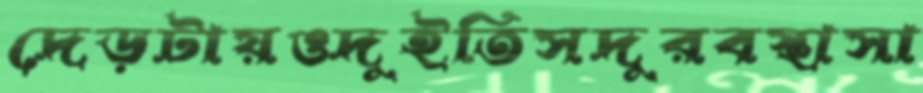
দেড়টায়ওদুইতিসদুরবস্থাসা